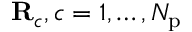
\mathbf { R } _ { c } , c = 1 , \dots , N _ { \mathrm { p } }